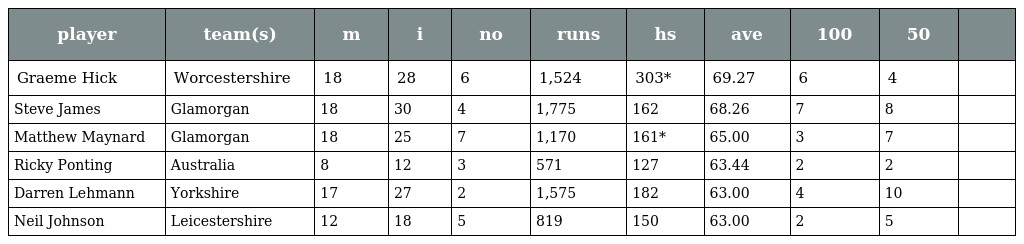
| player | team(s) | m | i | no | runs | hs | ave | 100 | 50 |  |
 | --- | --- | --- | --- | --- | --- | --- | --- | --- | --- | --- |
 | Graeme Hick | Worcestershire | 18 | 28 | 6 | 1,524 | 303* | 69.27 | 6 | 4 |  |
 | Steve James | Glamorgan | 18 | 30 | 4 | 1,775 | 162 | 68.26 | 7 | 8 |  |
 | Matthew Maynard | Glamorgan | 18 | 25 | 7 | 1,170 | 161* | 65.00 | 3 | 7 |  |
 | Ricky Ponting | Australia | 8 | 12 | 3 | 571 | 127 | 63.44 | 2 | 2 |  |
 | Darren Lehmann | Yorkshire | 17 | 27 | 2 | 1,575 | 182 | 63.00 | 4 | 10 |  |
 | Neil Johnson | Leicestershire | 12 | 18 | 5 | 819 | 150 | 63.00 | 2 | 5 |  |